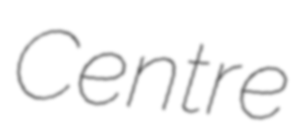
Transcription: Centre